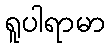
ရူပါရာမာ